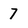
Character: 7